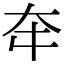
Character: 𡗢